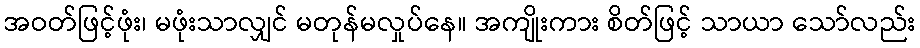
အဝတ်ဖြင့်ဖုံး၊ မဖုံးသာလျှင် မတုန်မလှုပ်နေ။ အကျိုးကား စိတ်ဖြင့် သာယာ သော်လည်း